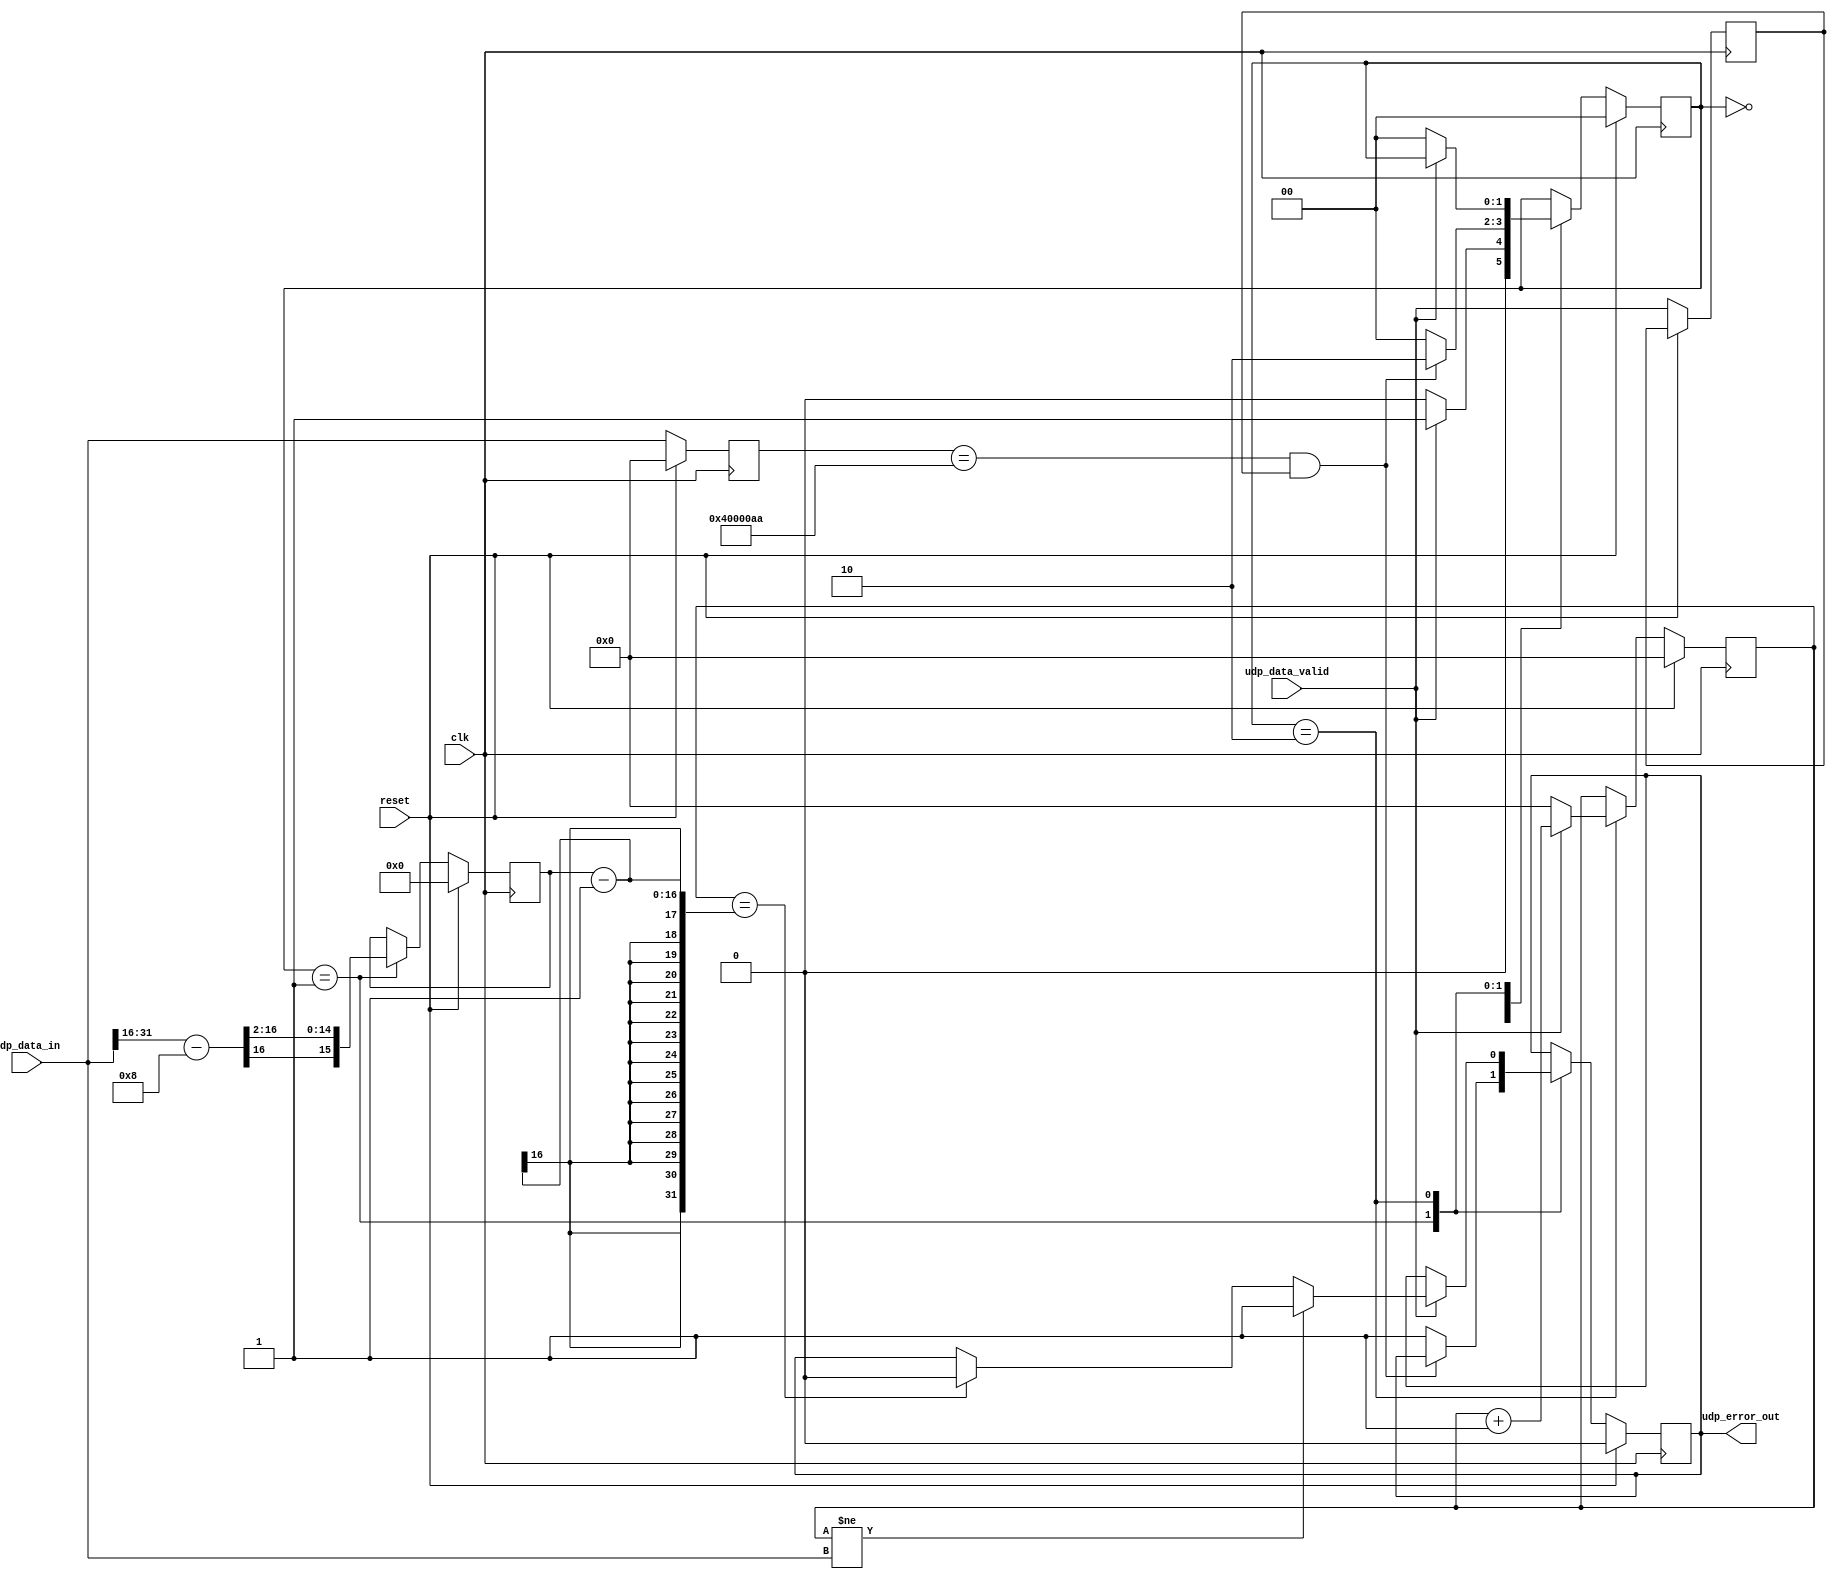
module udp_check
  #(
    parameter SRC_PORT = 16'h0400,
    parameter DES_PORT = 16'h00aa
    )
  (
   input 	clk,
   input 	reset,
   input [31:0] udp_data_in,
   input 	udp_data_valid,
   output reg 	udp_error_out
   );

   localparam IDLE_s = 2'b00;
   localparam HEADER_s = 2'b01;
   localparam DATA_s = 2'b10;
   
   reg [31:0] 	counter;
   reg [31:0] 	udp_data_buf1, udp_data_buf2;
   reg 		udp_data_valid_r;
   reg [15:0] 	length;
   reg [15:0] 	checksum;
   
   reg [1:0] 	state;


   always @(posedge clk) begin
      if (reset) begin
	 state <= IDLE_s;
	 udp_data_buf1 <= 'h0;
	 udp_data_buf2 <= 'h0;
	 udp_error_out <= 1'b0;
	 counter <= 'h0;
	 length <= 'h0;
	 checksum <= 'h0;
      end
      else begin
	 udp_data_buf1 <= udp_data_in;
	 udp_data_buf2 <= udp_data_buf1;
	 udp_data_valid_r <= udp_data_valid;
	 case (state)
	   IDLE_s: begin
	      if (udp_data_valid) begin
		 state <= HEADER_s;
	      end
	      else begin
		 state <= IDLE_s;
	      end
	   end
	   HEADER_s: begin
	      if (udp_data_buf1 == {SRC_PORT, DES_PORT} && udp_data_valid_r) begin
		 state <= DATA_s;
	      end
	      else begin
		 $display ("Source Port Error!");
		 state <= IDLE_s;
		 udp_error_out <= 1'b1;
	      end
	      length <= (udp_data_in[31:16] - 8) >> 2; // Minus the header'length
	      checksum <= udp_data_in[15:0];
	   end
	   DATA_s: begin
	      if (udp_data_valid) begin
		 counter <= counter + 'h1;
		 if (counter != udp_data_in) begin
		    $display ("UDP Data Error");
		    udp_error_out <= 1'b1;
		 end
		 else if(counter == (length - 1)) begin
		    $display ("UDP Data Passes Checking");
		    udp_error_out <= 1'b0;
		 end
	      end // if (udp_data_valid)
	      else begin
		 counter <= 'h0;
		 state <= IDLE_s;
	      end
	   end // case: Data_s
	   endcase // case (state)
	 end // else: !if(reset)
   end // always @ (posedge clk)
endmodule // udp_check